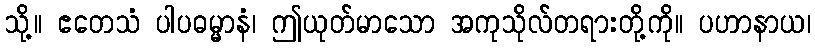
သို့။ ဧတေသံ ပါပဓမ္မာနံ၊ ဤယုတ်မာသော အကုသိုလ်တရားတို့ကို။ ပဟာနာယ၊